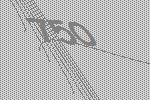
750